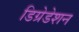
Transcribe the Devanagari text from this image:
डिग्रेडेशन